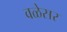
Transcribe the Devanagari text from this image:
वळेसर